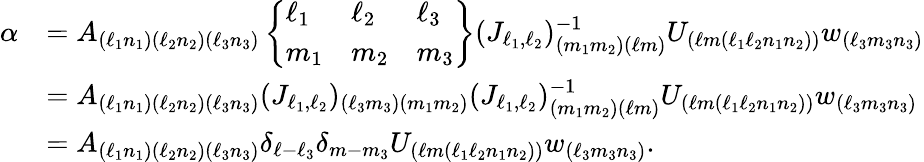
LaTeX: \begin{array}{rl}{\alpha}&{=A_{(\ell_{1}n_{1})(\ell_{2}n_{2})(\ell_{3}n_{3})}\left\{ \begin{array}{lll}{\ell_{1}}&{\ell_{2}}&{\ell_{3}}\\ {m_{1}}&{m_{2}}&{m_{3}}\end{array}\right\} (J_{\ell_{1},\ell_{2}})_{(m_{1}m_{2})(\ell m)}^{-1}U_{(\ell m(\ell_{1}\ell_{2}n_{1}n_{2}))}w_{(\ell_{3}m_{3}n_{3})}}\\ &{=A_{(\ell_{1}n_{1})(\ell_{2}n_{2})(\ell_{3}n_{3})}(J_{\ell_{1},\ell_{2}})_{(\ell_{3}m_{3})(m_{1}m_{2})}(J_{\ell_{1},\ell_{2}})_{(m_{1}m_{2})(\ell m)}^{-1}U_{(\ell m(\ell_{1}\ell_{2}n_{1}n_{2}))}w_{(\ell_{3}m_{3}n_{3})}}\\ &{=A_{(\ell_{1}n_{1})(\ell_{2}n_{2})(\ell_{3}n_{3})}\delta_{\ell-\ell_{3}}\delta_{m-m_{3}}U_{(\ell m(\ell_{1}\ell_{2}n_{1}n_{2}))}w_{(\ell_{3}m_{3}n_{3})}.}\end{array}